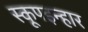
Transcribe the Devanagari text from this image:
स्कूपइन्हार